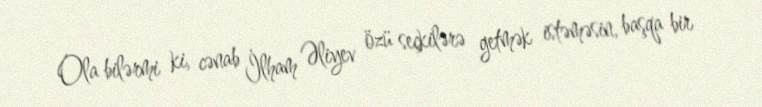
Ola bilərmi ki, cənab İlham Əliyev özü seçkilərə getmək istəməsin, başqa bir